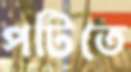
পটিতে